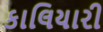
કાલિયારી